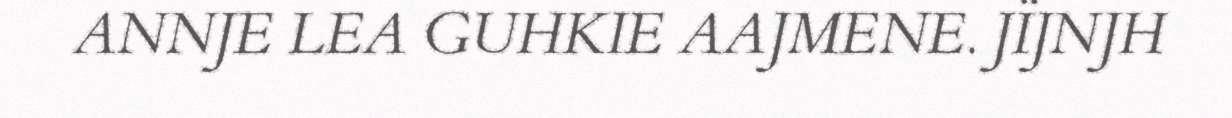
ANNJE LEA GUHKIE AAJMENE. JÏJNJH